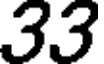
33